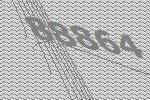
88864